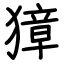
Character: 獐